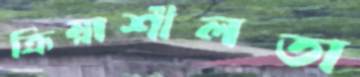
ক্রিয়াশীলতা